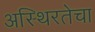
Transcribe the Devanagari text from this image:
अस्थिरतेचा